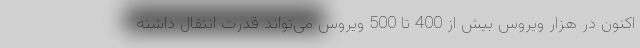
اکنون در هزار ویروس بیش از 400 تا 500 ویروس می‌تواند قدرت انتقال داشته